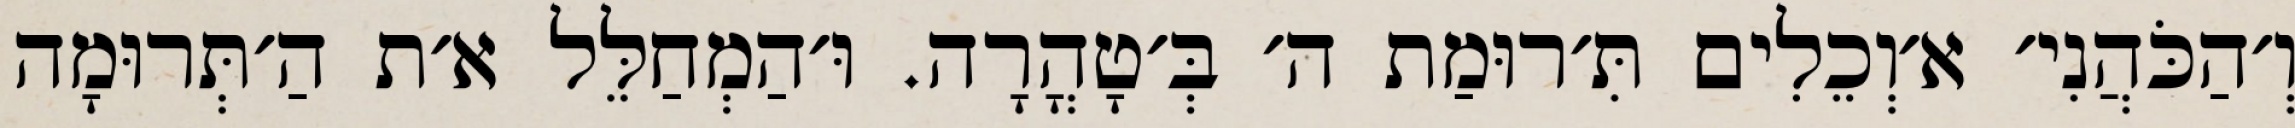
וְ׳הַכֹּהֲנִי׳ א׳וְכֵלִים תִּ׳רוּמַת ה׳ בְּ׳טָהֳרָה. וּ׳הַמְחַלֵּל א׳ת הַ׳תְּרוּמָה